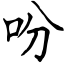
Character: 吩